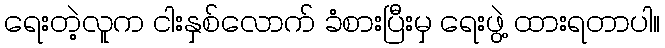
ရေးတဲ့လူက ငါးနှစ်လောက် ခံစားပြီးမှ ရေးဖွဲ့ ထားရတာပါ။